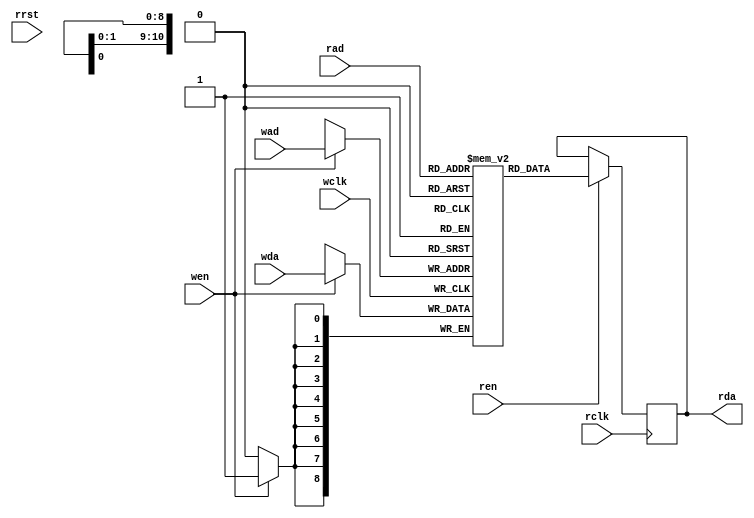
// Description  : Editing from Xilinx's code
////////////////////////////////////////////////////////////////////////////////

module xil_dist_sdp_2clk
    (
     wclk,
     wen ,
     wad ,
     wda ,
     rclk,
     rrst,
     ren ,
     rad ,
     rda 
     );

parameter ADR = 11;
parameter DAT = 9;
parameter DEP = 2048;
parameter DEL = 1  ;
parameter INIT_FILE = "";

input [ADR-1:0]     wad ;
input [ADR-1:0]     rad ;
input [DAT-1:0]     wda ;
input               wclk;
input               rclk;
input               wen ;
input               ren ;
input               rrst;
output [DAT-1:0]    rda ;

`ifndef USE_XILINX_RAM

wire                regceb = 1'b1;

(* ram_style="distributed" *)
reg [DAT-1:0]       ram_name [DEP-1:0];
reg [DAT-1:0]       ram_data = {DAT{1'b0}};

generate
if (INIT_FILE != "")
    begin: use_init_file
    initial
        $readmemh(INIT_FILE, ram_name, 0, DEP-1);
    end 
else
    begin: init_bram_to_zero
    integer ram_index;
    initial
        for (ram_index = 0; ram_index < DEP; ram_index = ram_index + 1)
            ram_name[ram_index] = {DAT{1'b0}};
    end
endgenerate

always @(posedge wclk)
    if (wen)    ram_name[wad] <= wda; 

always @(posedge rclk)
    begin
    if (ren)    ram_data <= ram_name[rad];
    end

generate
if (DEL == 1) 
    begin: no_output_register
    assign rda = ram_data;
    end 
else
    begin: output_register
    reg [DAT-1:0] rda_reg = {DAT{1'b0}};
    always @(posedge rclk)
        if (rrst)           rda_reg <= {DAT{1'b0}};
        else if (regceb)    rda_reg <= ram_data;
    assign                  rda = rda_reg;
    end
endgenerate


`else   // `ifndef USE_XILINX_RAM
generate
    if(DEL==1)
        begin : sel_1clk

xil_dist_sdp_111x_2clk
    #(.ADR(ADR),
      .DAT(DAT)
      )             xil_dist_sdp_111x_2clk
    (
     //
     .clk0   (wclk),
     .rst0_  (!rrst),
     .wen    (wen),
     .wad    (wad),
     .wda    (wda),
     
     .clk1   (rclk),
     .rst1_  (!rrst),
     .ren    (ren),
     .rad    (rad),
     .rda    (rda)
     
     );
        end
    else
        begin : sel_2clk
        
xil_dist_sdp_112x_2clk
    #(.ADR(ADR),
      .DAT(DAT)
      )             xil_dist_sdp_112x_2clk
    (
     //
     .clk0   (wclk),
     .rst0_  (!rrst),
     .wen    (wen),
     .wad    (wad),
     .wda    (wda),
     
     .clk1   (rclk),
     .rst1_  (!rrst),
     .ren    (ren),
     .rad    (rad),
     .rda    (rda)
     
     );
        end
endgenerate

`endif


endmodule